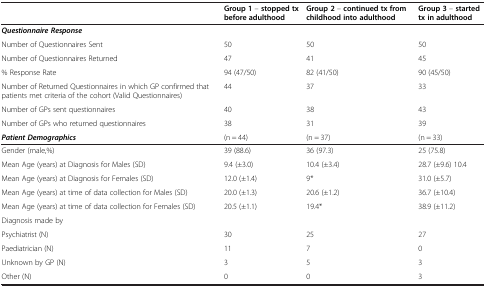
|  | Group 1 – stopped tx before adulthood | Group 2 – continued tx from childhood into adulthood | Group 3 – started tx in adulthood |
 | --- | --- | --- | --- |
 | Questionnaire Response |  |  |  |
 | Number of Questionnaires Sent | 50 | 50 | 50 |
 | Number of Questionnaires Returned | 47 | 41 | 45 |
 | % Response Rate | 94 (47/50) | 82 (41/50) | 90 (45/50) |
 | Number of Returned Questionnaires in which GP confirmed that patients met criteria of the cohort (Valid Questionnaires) | 44 | 37 | 33 |
 | Number of GPs sent questionnaires | 40 | 38 | 43 |
 | Number of GPs who returned questionnaires | 38 | 31 | 39 |
 | Patient Demographics | (n = 44) | (n = 37) | (n = 33) |
 | Gender (male,%) | 39 (88.6) | 36 (97.3) | 25 (75.8) |
 | Mean Age (years) at Diagnosis for Males (SD) | 9.4 (±3.0) | 10.4 (±3.4) | 28.7 (±9.6) 10.4 |
 | Mean Age (years) at Diagnosis for Females (SD) | 12.0 (±1.4) | 9* | 31.0 (±5.7) |
 | Mean Age (years) at time of data collection for Males (SD) | 20.0 (±1.3) | 20.6 (±1.2) | 36.7 (±10.4) |
 | Mean Age (years) at time of data collection for Females (SD) | 20.5 (±1.1) | 19.4* | 38.9 (±11.2) |
 | Diagnosis made by |  |  |  |
 | Psychiatrist (N) | 30 | 25 | 27 |
 | Paediatrician (N) | 11 | 7 | 0 |
 | Unknown by GP (N) | 3 | 5 | 3 |
 | Other (N) | 0 | 0 | 3 |